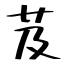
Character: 芨